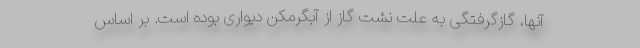
آنها، گازگرفتگی به علت نشت گاز از آبگرمکن دیواری بوده است. بر اساس